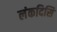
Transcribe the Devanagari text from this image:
लंकदिसि